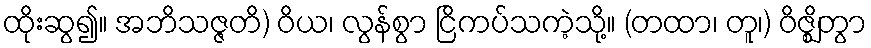
ထိုးဆွ၍။ အဘိသဇ္ဇတိ) ဝိယ၊ လွန်စွာ ငြိကပ်သကဲ့သို့။ (တထာ၊ တူ၊) ဝိဇ္ဈိတွာ